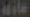
خاوند